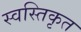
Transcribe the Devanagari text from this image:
स्वस्तिकृत